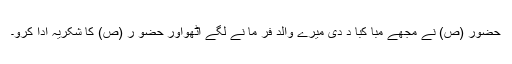
حضور (ص) نے مجھے مبا کبا د دی میرے والد فر ما نے لگے اٹھواور حضو ر (ص) کا شکریہ ادا کرو۔